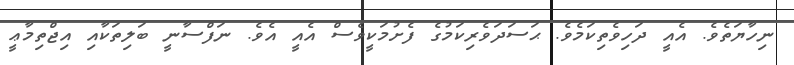
ނިހާޔަތެވެ. އެއީ ދަހިވެތިކަމެވެ. ޙަސަދަވެރިކަމުގެ ފެށުމަކީވެސް އެއީ އެވެ. ނަފްސާނީ ބަލިތަކާއި އިޖްތިމާޢީ